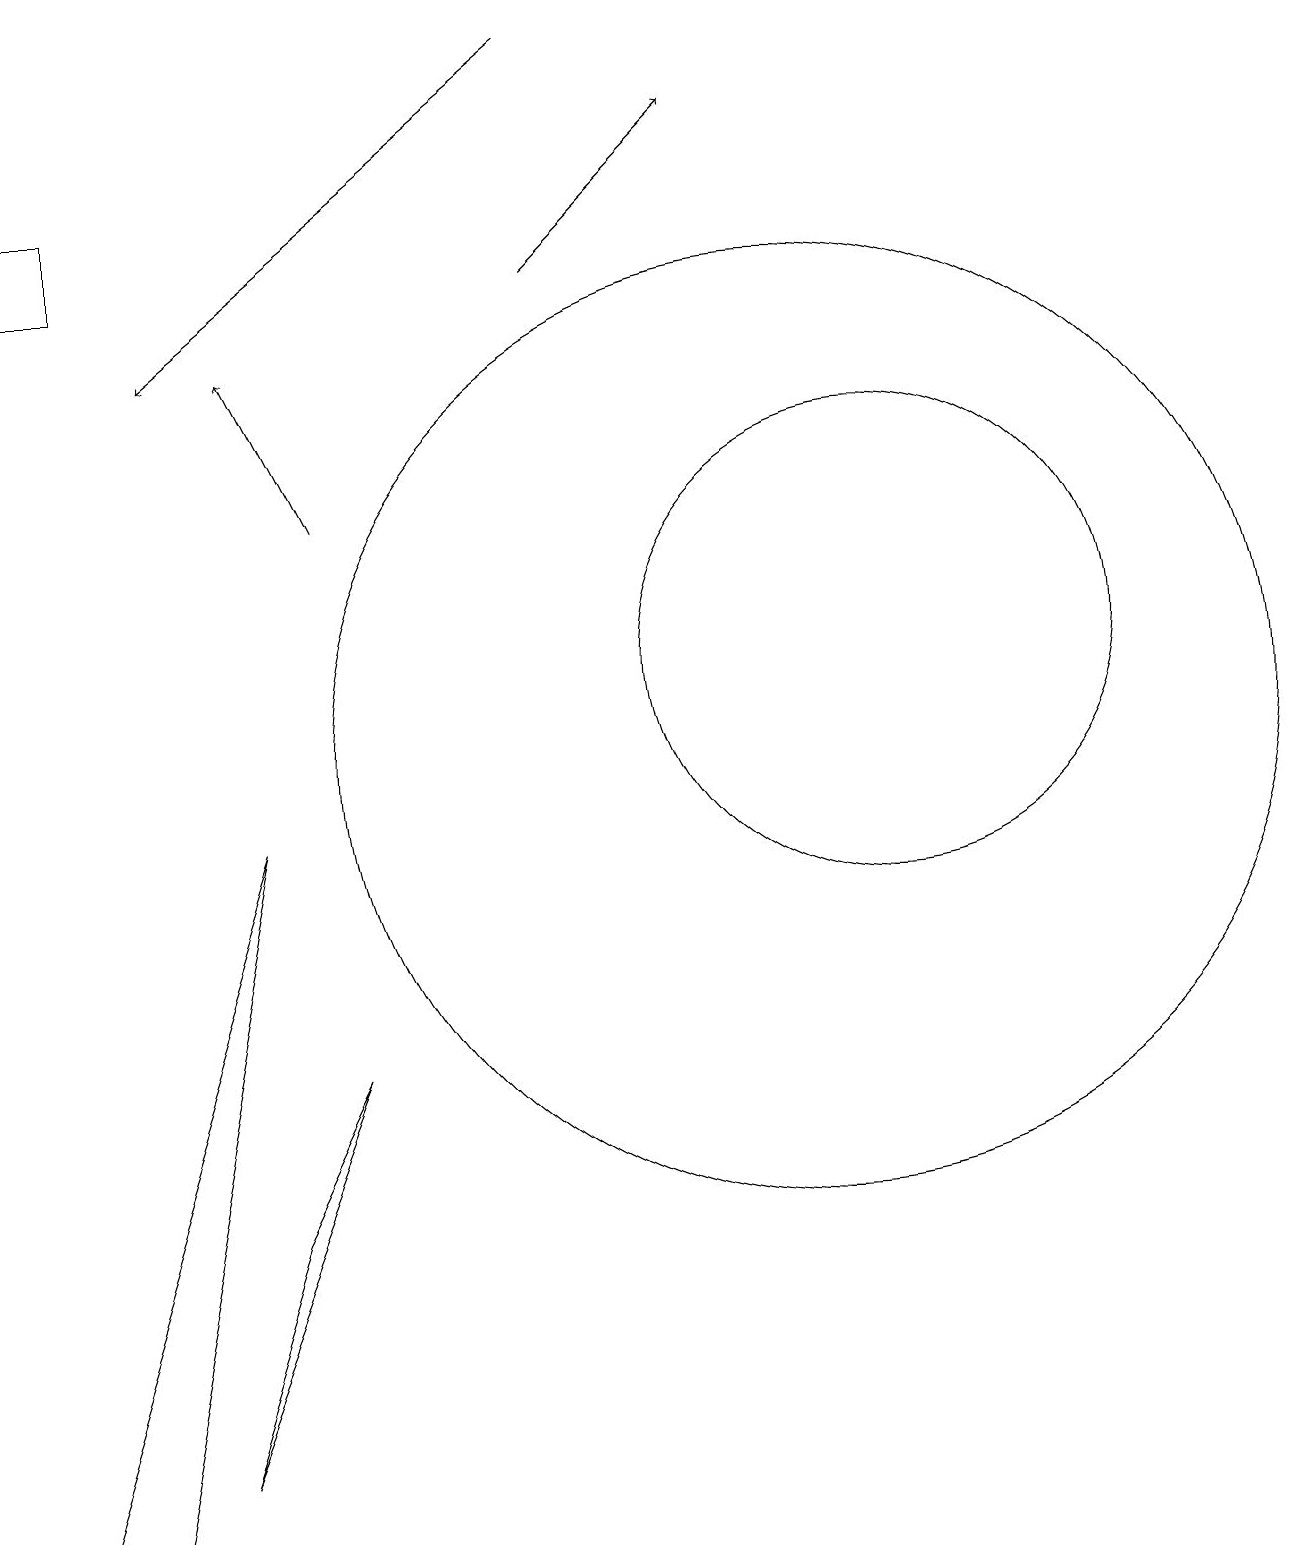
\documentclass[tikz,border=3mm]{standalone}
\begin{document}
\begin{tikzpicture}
\draw[->] (7,16) -- (9,18);
\draw (0,0) -- (3,9) -- (1,0) -- cycle;
\draw (11,11) circle (3);
\draw[->] (7,19) -- (2,15);
\draw[->] (4,13) -- (3,15);
\draw (10,10) circle (6);
\draw (0,16) rectangle (1,17);
\draw (3,4) -- (2,1) -- (4,6) -- cycle;
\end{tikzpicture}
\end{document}